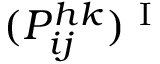
( P _ { i j } ^ { h k } ) ^ { \mathrm { ~ I ~ } }